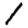
Digit: 1